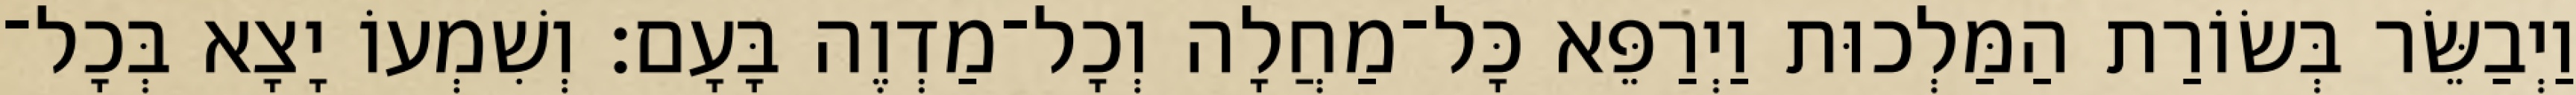
וַיְבַשֵּׂר בְּשׂוֹרַת הַמַּלְכוּת וַיְרַפֵּא כָּל־מַחֲלָה וְכָל־מַדְוֶה בָּעָם׃ וְשִׁמְעוֹ יָצָא בְּכָל־